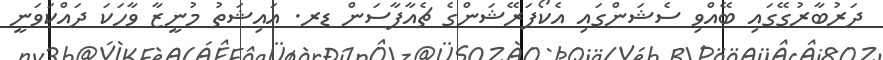
ދަރުބާރުގޭގައި ބޭއްވި ސެޝަންގައި އެކޯޕަރޭޝަންގެ ޗެއާޕާސަން ޑރ. އައިޝަތު މުނީޒާ ވާހަކަ ދައްކަވަނީ